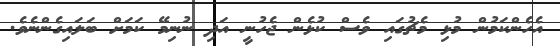
އެހެންކަމުން މުޅި މެޗުގައި ވެސް ކުޅެން ޖެހުނީ އަދި ނުނިމޭ ކަމަށް ބަލައިގެންނެވެ.